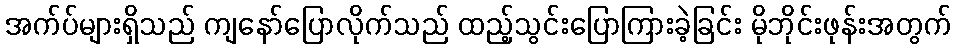
အက်ပ်များရှိသည် ကျနော်ပြောလိုက်သည် ထည့်သွင်းပြောကြားခဲ့ခြင်း မိုဘိုင်းဖုန်းအတွက်